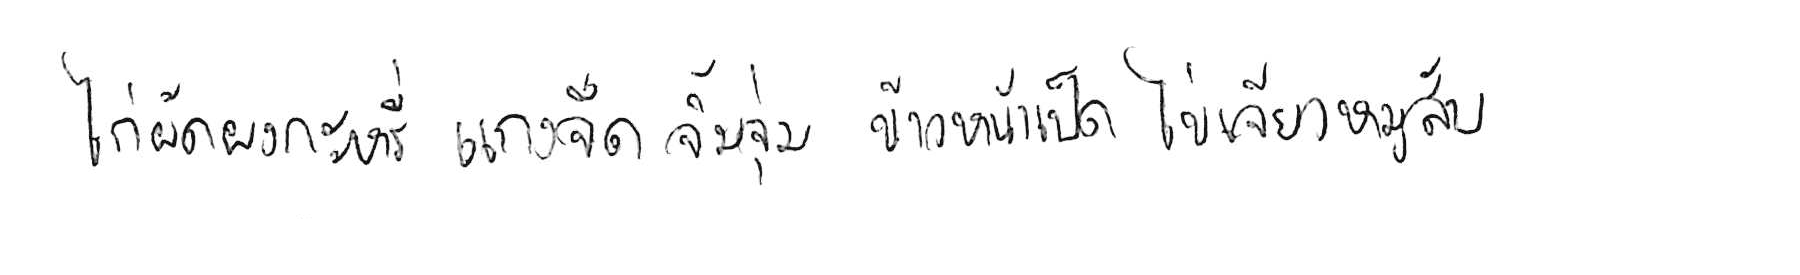
ไก่ผัดผงกะหรี่ แกงจืด จิ้มจุ่ม ข้าวหน้าเป็ด ไข่เจียวหมูสับ